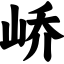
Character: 峤